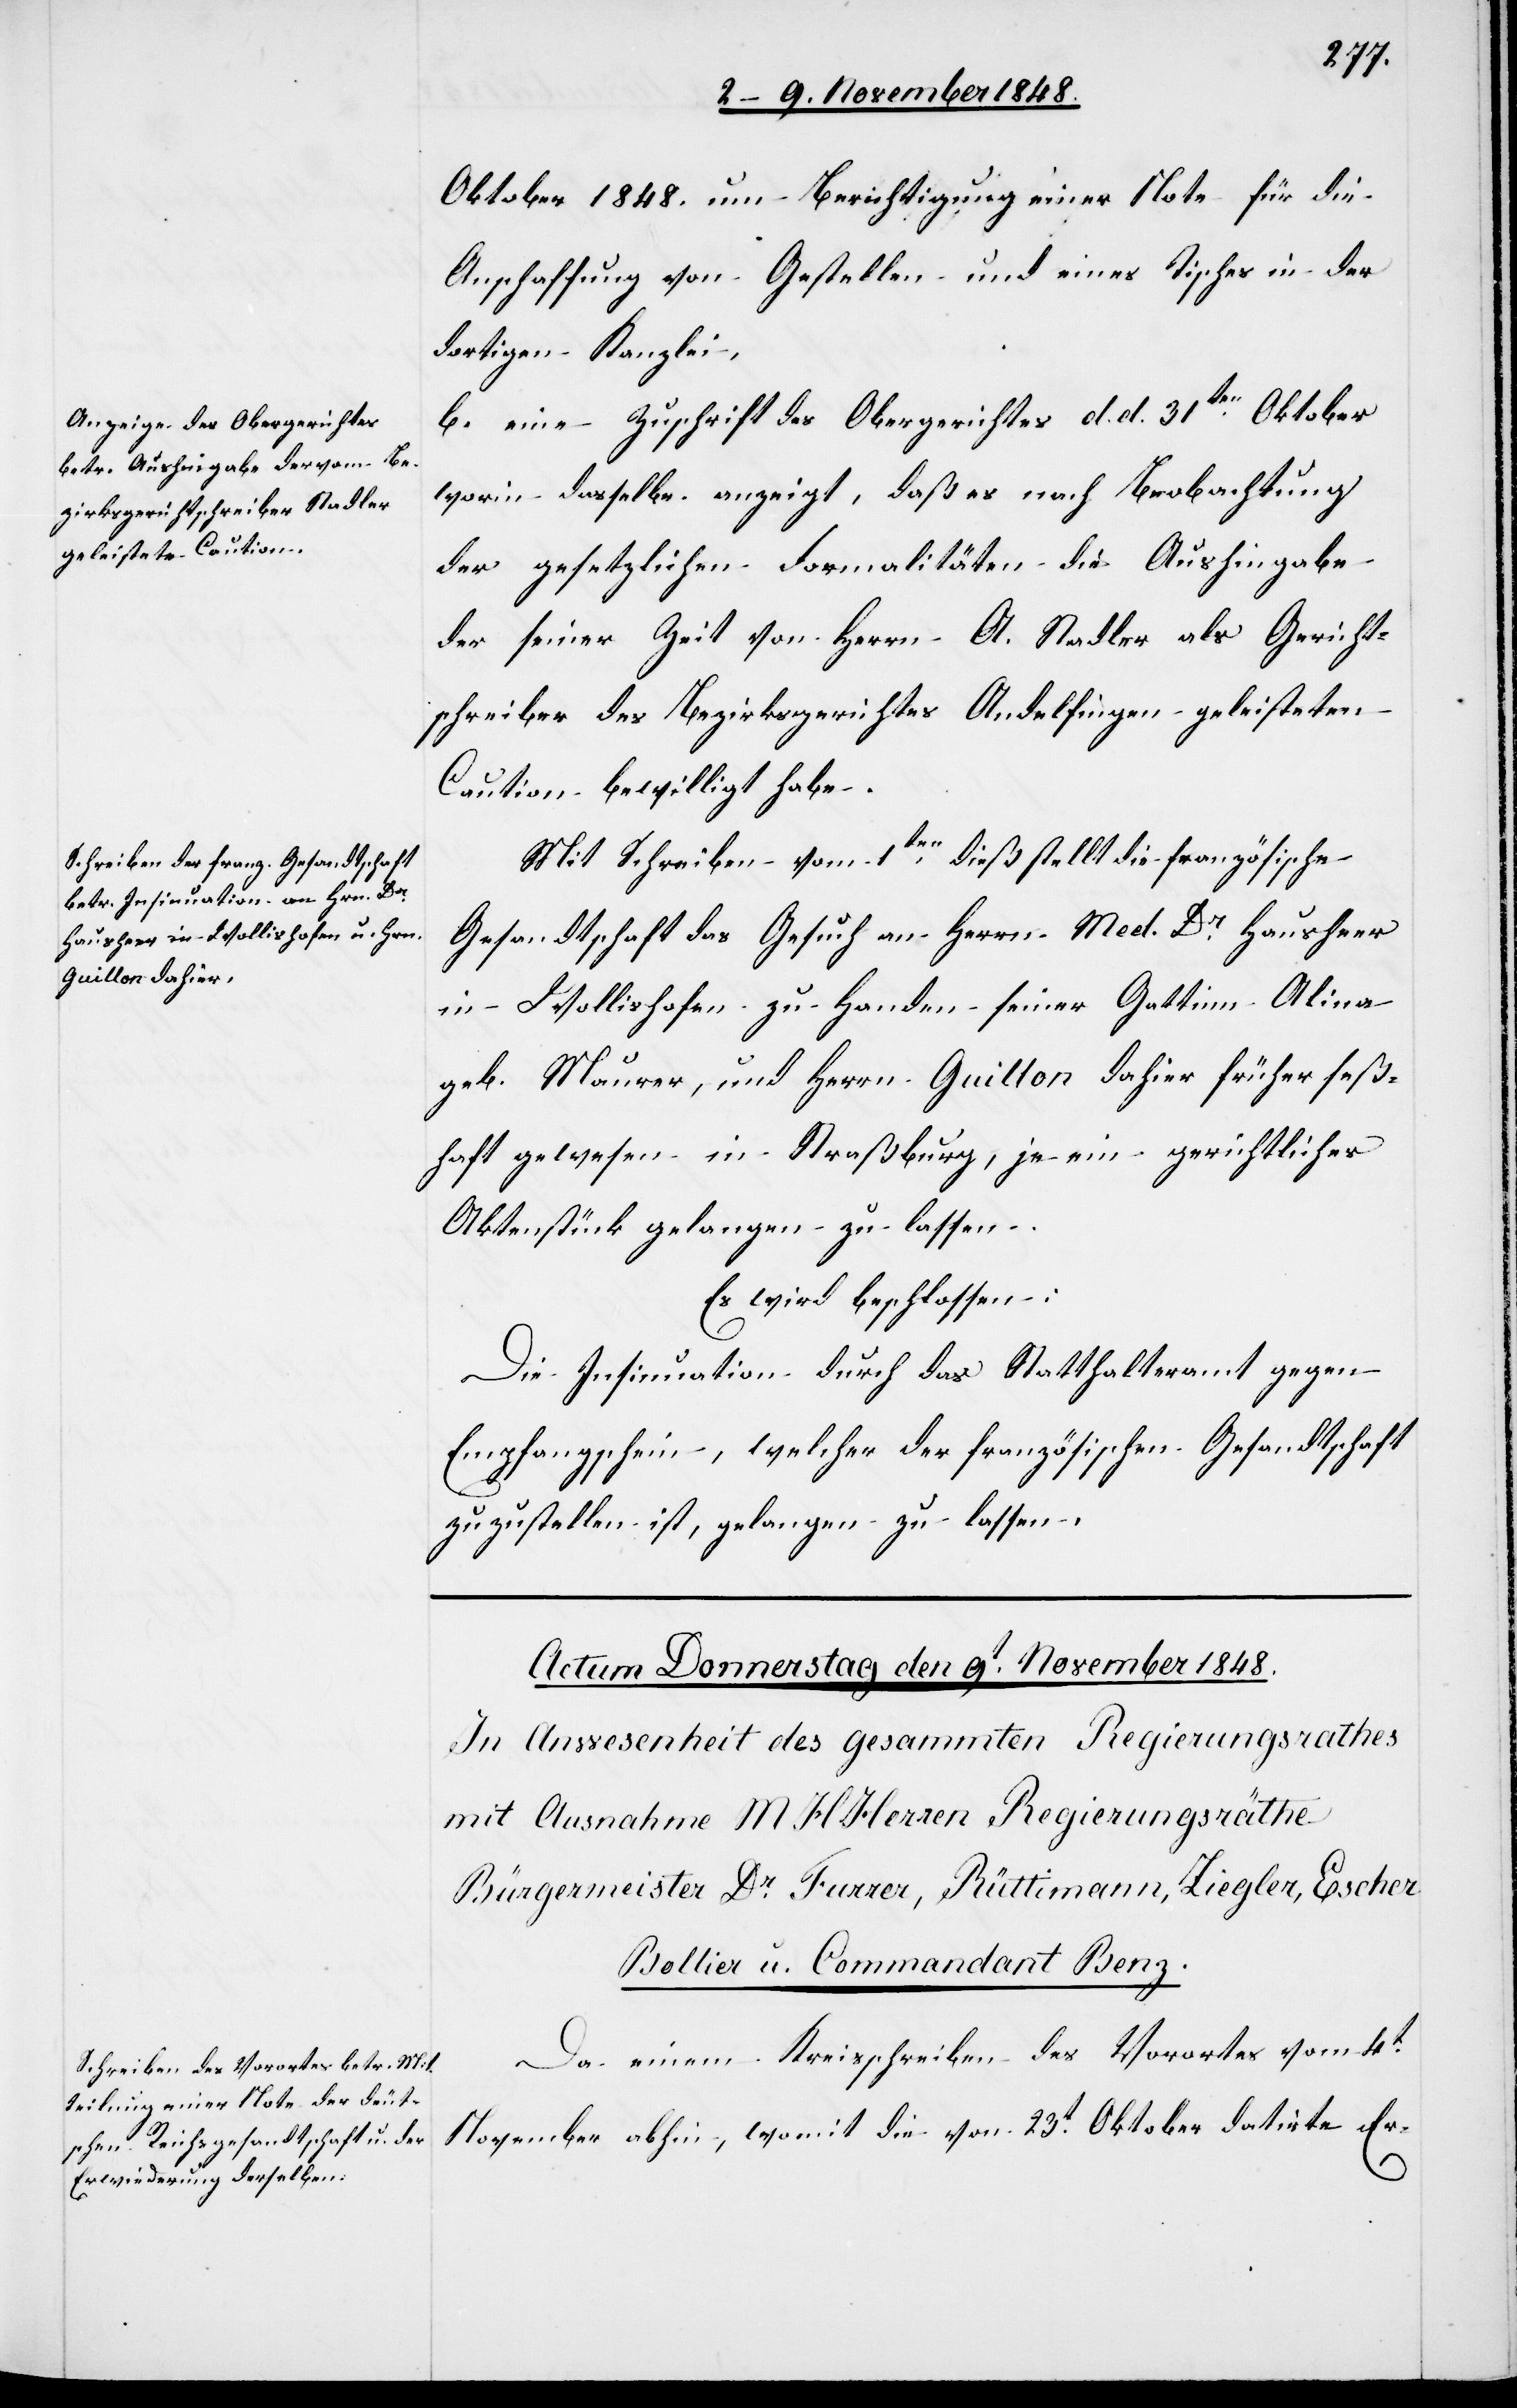
Oktober 1848. um Berichtigung einer Note für die
Anschaffung von Gestellen und eines Tisches in der
dortigen Kanzlei.
b. eine Zuschrift des Obergerichtes d. d. 31ten Oktober
worin dasselbe anzeigt, daß es nach Beobachtung
der gesetzlichen Formalitäten die Aushingabe
der seiner Zeit von Herrn A. Stadler als Gericht¬
schreiber des Bezirksgerichtes Andelfingen geleisteten
Caution bewilligt habe.
Mit Schreiben vom 1ten dieß stellt die französische
Gesandtschaft das Gesuch an Herrn Med. Dr Hausheer
in Wollishofen zu Handen seiner Gattinn Alina
geb. Maurer, und Herrn Guillon dahier früher seß¬
haft gewesen in Straßburg, je ein gerichtliches
Aktenstück gelangen zu lassen.
Es wird beschlossen:
Die Insinuation durch das Statthalteramt gegen
Empfangschein, welcher der französischen Gesandtschaft
zuzustellen ist, gelangen zu lassen.
Actum den 7ten November 1848.]
Da einem Kreisschreiben des Vorortes vom 4t
November abhin, womit die von 23t Oktober datirte Er-